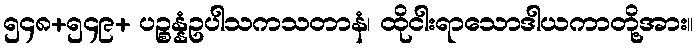
၅၄၈+၅၄၉+ ပဉ္စန္နံဥပါသကသတာနံ၊ ထိုငါးရာသောဒါယကာတို့အား။